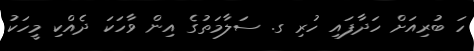
ހަ ބުރިއަށް ހަދާފައި ހުރި ގ. ސަލާމަތުގެ އިން ވާހަކަ ދެއްކި މީހަކު